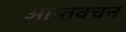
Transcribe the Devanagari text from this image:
आप्तवचन